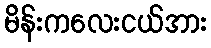
မိန်းကလေးငယ်အား